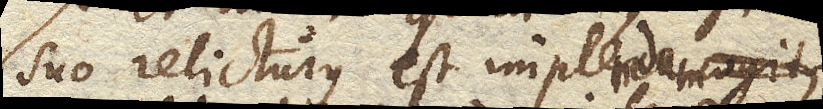
suo relicturus est implere cogit,